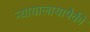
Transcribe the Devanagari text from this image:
न्यायालायापैकी